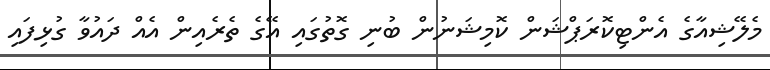
މެލޭޝިއާގެ އެންޓިކޮރަޕްޝަން ކޮމިޝަނުން ބުނި ގޮތުގައި އޭގެ ތެރެއިން އެއް ދައުވާ ގުޅިފައި